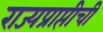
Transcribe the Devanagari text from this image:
राज्यप्राप्तीची